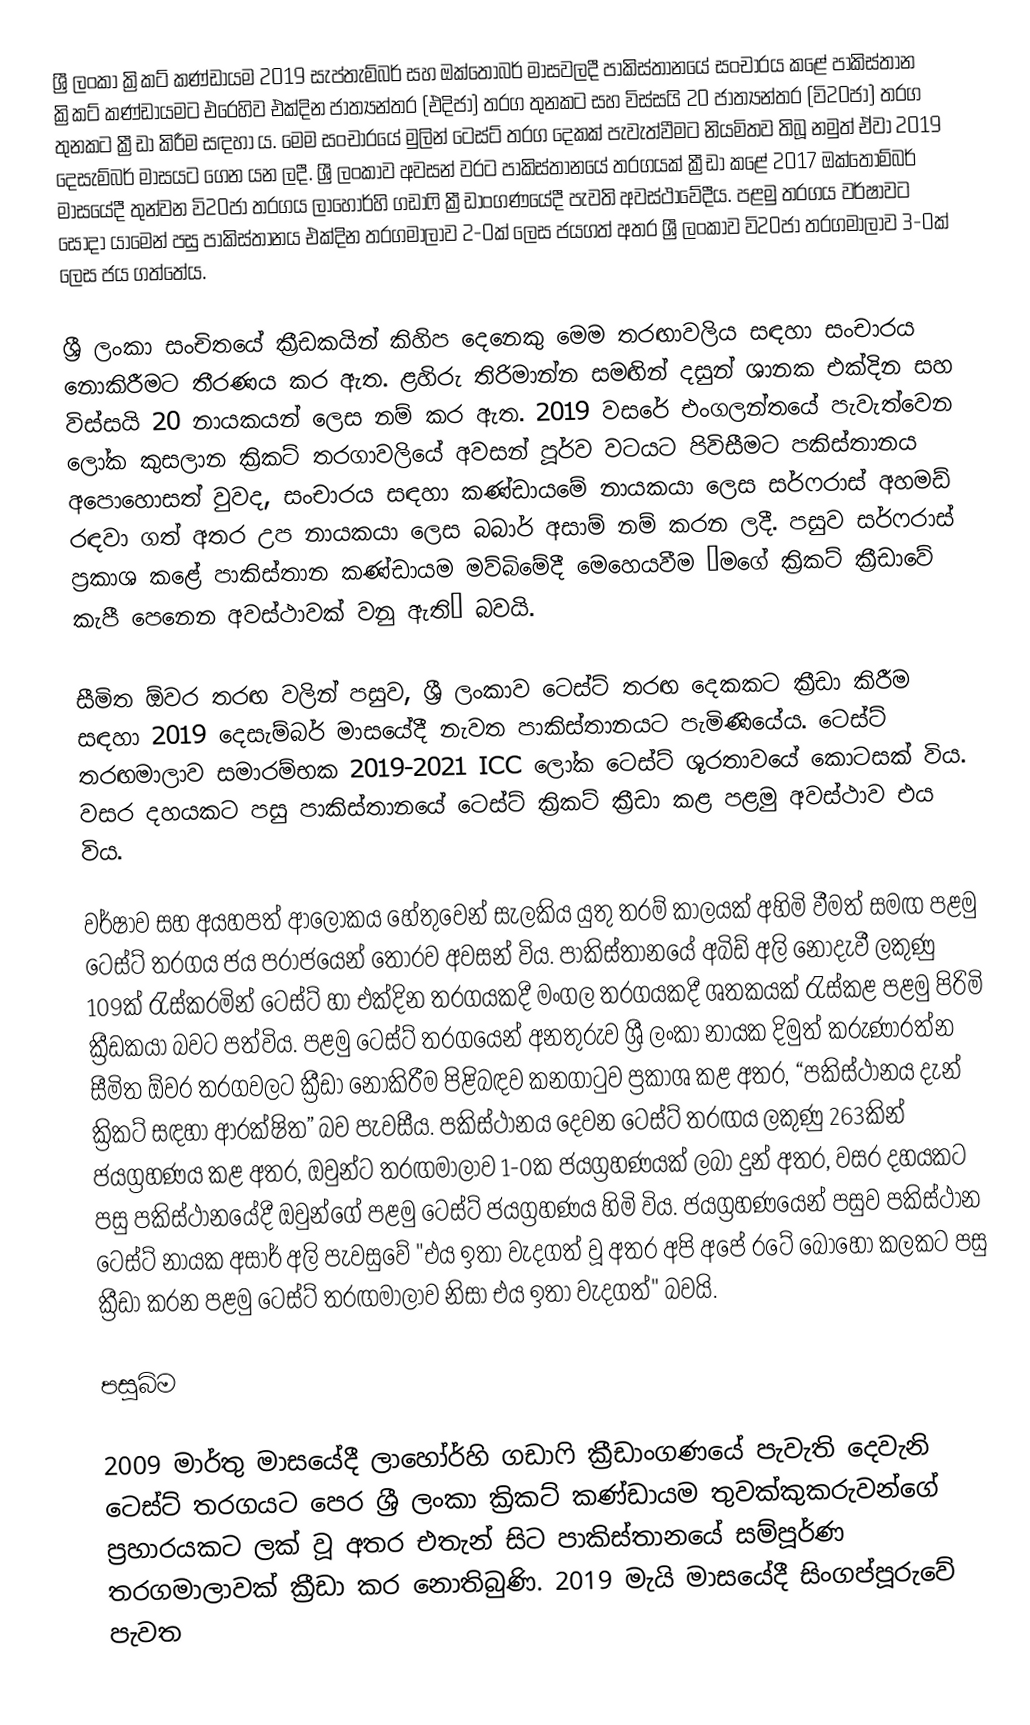
ශ්‍රී ලංකා ක්‍රිකට් කණ්ඩායම 2019 සැප්තැම්බර් සහ ඔක්තෝබර් මාසවලදී පාකිස්තානයේ සංචාරය කළේ පාකිස්තාන ක්‍රිකට් කණ්ඩායමට එරෙහිව එක්දින ජාත්‍යන්තර (එදිජා) තරග තුනකට සහ විස්සයි 20 ජාත්‍යන්තර (වි20ජා) තරග තුනකට ක්‍රීඩා කිරීම සඳහා ය. මෙම සංචාරයේ මුලින් ටෙස්ට් තරග දෙකක් පැවැත්වීමට නියමිතව තිබූ නමුත් ඒවා 2019 දෙසැම්බර් මාසයට ගෙන යන ලදී. ශ්‍රී ලංකාව අවසන් වරට පාකිස්තානයේ තරගයක් ක්‍රීඩා කළේ 2017 ඔක්තෝම්බර් මාසයේදී තුන්වන වි20ජා තරගය ලාහෝර්හි ගඩාෆි ක්‍රීඩාංගණයේදී පැවති අවස්ථාවේදීය. පළමු තරගය වර්ෂාවට සෝදා යාමෙන් පසු පාකිස්තානය එක්දින තරගමාලාව 2-0ක් ලෙස ජයගත් අතර ශ්‍රී ලංකාව වි20ජා තරගමාලාව 3-0ක් ලෙස ජය ගත්තේය.

ශ්‍රී ලංකා සංචිතයේ ක්‍රීඩකයින් කිහිප දෙනෙකු මෙම තරඟාවලිය සඳහා සංචාරය නොකිරීමට තීරණය කර ඇත. ළහිරු තිරිමාන්න සමඟින් දසුන් ශානක එක්දින සහ විස්සයි 20 නායකයන් ලෙස  නම් කර ඇත. 2019 වසරේ එංගලන්තයේ පැවැත්වෙන ලෝක කුසලාන ක්‍රිකට් තරගාවලියේ අවසන් පූර්ව වටයට පිවිසීමට පකිස්තානය අපොහොසත් වුවද, සංචාරය සඳහා කණ්ඩායමේ නායකයා ලෙස සර්ෆරාස් අහමඩ් රඳවා ගත් අතර උප නායකයා ලෙස බබාර් අසාම් නම් කරන ලදී. පසුව සර්ෆරාස් ප්‍රකාශ කළේ පාකිස්තාන කණ්ඩායම මව්බිමේදී මෙහෙයවීම “මගේ ක්‍රිකට් ක්‍රීඩාවේ කැපී පෙනෙන අවස්ථාවක් වනු ඇති” බවයි.

සීමිත ඕවර තරඟ වලින් පසුව, ශ්‍රී ලංකාව ටෙස්ට් තරඟ දෙකකට ක්‍රීඩා කිරීම සඳහා 2019 දෙසැම්බර් මාසයේදී නැවත පාකිස්තානයට පැමිණියේය. ටෙස්ට් තරඟමාලාව සමාරම්භක 2019-2021 ICC ලෝක ටෙස්ට් ශූරතාවයේ කොටසක් විය. වසර දහයකට පසු පාකිස්තානයේ ටෙස්ට් ක්‍රිකට් ක්‍රීඩා කළ පළමු අවස්ථාව එය විය.

වර්ෂාව සහ අයහපත් ආලෝකය හේතුවෙන් සැලකිය යුතු තරම් කාලයක් අහිමි වීමත් සමඟ පළමු ටෙස්ට් තරගය ජය පරාජයෙන් තොරව අවසන් විය. පාකිස්තානයේ අබිඩ් අලි නොදැවී ලකුණු 109ක් රැස්කරමින් ටෙස්ට් හා එක්දින තරගයකදී මංගල තරගයකදී ශතකයක් රැස්කළ පළමු පිරිමි ක්‍රීඩකයා බවට පත්විය. පළමු ටෙස්ට් තරගයෙන් අනතුරුව ශ්‍රී ලංකා නායක දිමුත් කරුණාරත්න සීමිත ඕවර තරගවලට ක්‍රීඩා නොකිරීම පිළිබඳව කනගාටුව ප්‍රකාශ කළ අතර, “පකිස්ථානය දැන් ක්‍රිකට් සඳහා ආරක්ෂිත” බව පැවසීය. පකිස්ථානය දෙවන ටෙස්ට් තරඟය ලකුණු 263කින් ජයග්‍රහණය කළ අතර, ඔවුන්ට තරඟමාලාව 1-0ක ජයග්‍රහණයක් ලබා දුන් අතර, වසර දහයකට පසු පකිස්ථානයේදී ඔවුන්ගේ පළමු ටෙස්ට් ජයග්‍රහණය හිමි විය. ජයග්‍රහණයෙන් පසුව පකිස්ථාන ටෙස්ට් නායක අසාර් අලි පැවසුවේ "එය ඉතා වැදගත් වූ අතර අපි අපේ රටේ බොහෝ කලකට පසු ක්‍රීඩා කරන පළමු ටෙස්ට් තරඟමාලාව නිසා එය ඉතා වැදගත්" බවයි.

පසුබිම

2009 මාර්තු මාසයේදී ලාහෝර්හි ගඩාෆි ක්‍රීඩාංගණයේ පැවැති දෙවැනි ටෙස්ට් තරගයට පෙර ශ්‍රී ලංකා ක්‍රිකට් කණ්ඩායම තුවක්කුකරුවන්ගේ ප්‍රහාරයකට ලක් වූ අතර එතැන් සිට පාකිස්තානයේ සම්පූර්ණ තරගමාලාවක් ක්‍රීඩා කර නොතිබුණි. 2019 මැයි මාසයේදී සිංගප්පූරුවේ පැවත